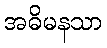
အဓိမနသာ